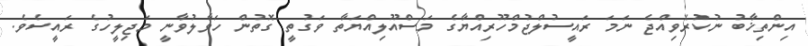
އިންތިޚާބު ނުކުރެވިއްޖެ ނަމަ ރައީސުލްޖުމްހޫރިއްޔާގެ މަސްއޫލިއްޔަތާ ވަގުތީ ގޮތުން ހަވާލުވާނީ މަޖިލީހުގެ ރައީސެވެ.